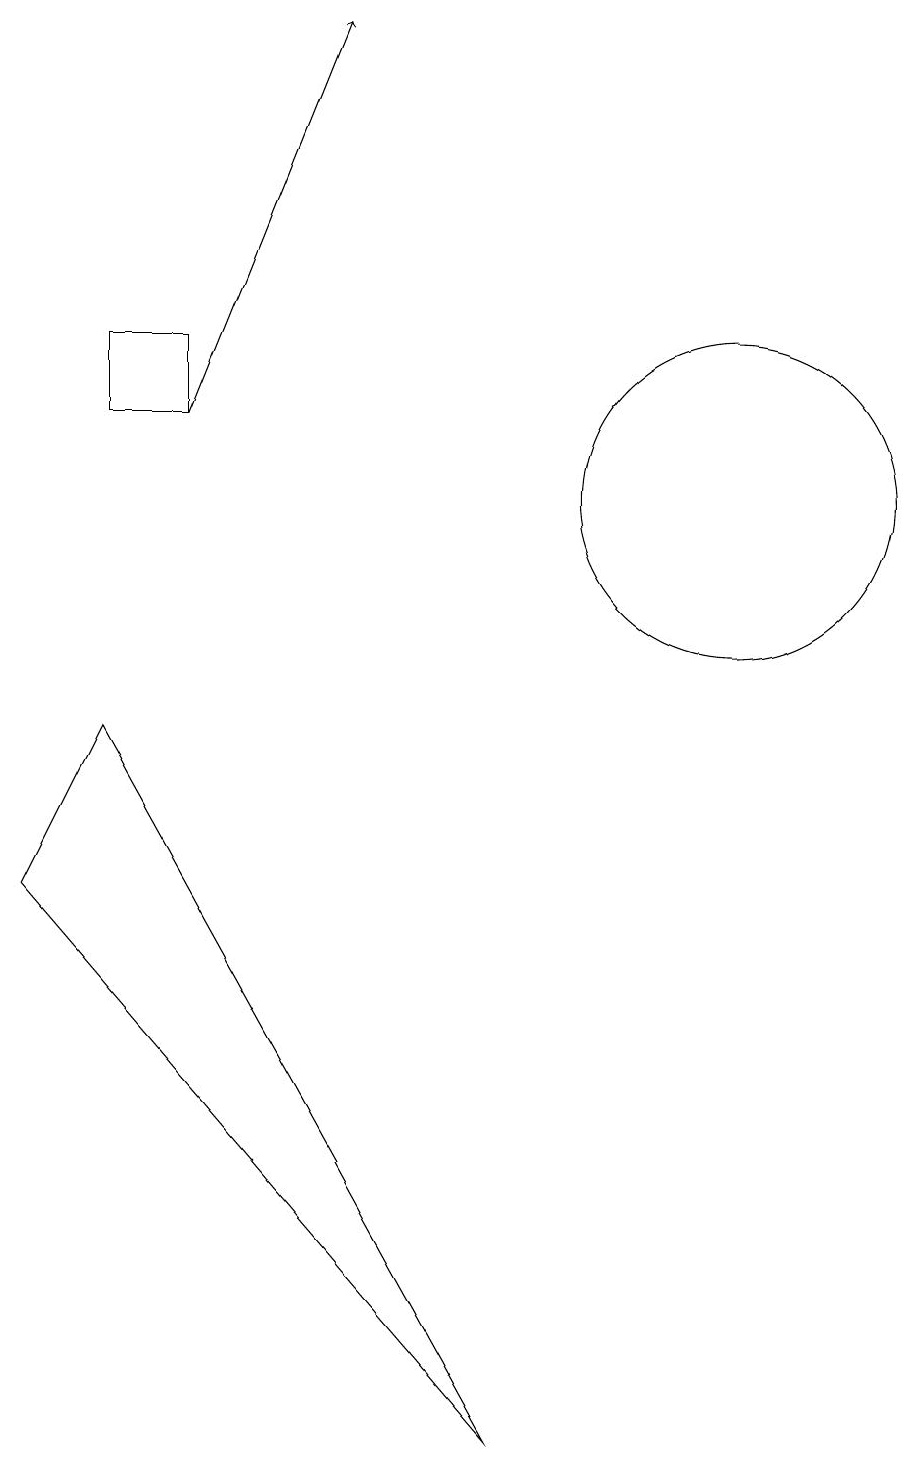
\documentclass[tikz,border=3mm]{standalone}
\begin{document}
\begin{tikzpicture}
\draw (10,12) circle (2);
\draw (2,13) rectangle (3,14);
\draw[->] (3,13) -- (5,18);
\draw (7,0) -- (1,7) -- (2,9) -- cycle;
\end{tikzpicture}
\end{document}